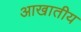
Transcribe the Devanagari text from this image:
आखातीय